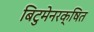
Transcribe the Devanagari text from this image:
बिटुमेनरक्षित